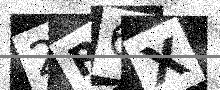
Text: 2R6X